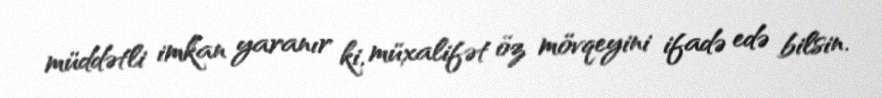
müddətli imkan yaranır ki, müxalifət öz mövqeyini ifadə edə bilsin.